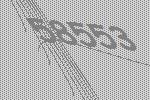
58553